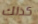
كذلك